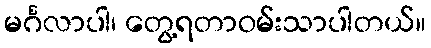
မင်္ဂလာပါ၊ တွေ့ရတာဝမ်းသာပါတယ်။